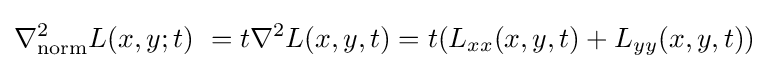
\nabla _{\mathrm {norm} }^{2}L(x,y;t)\ =t\nabla ^{2}L(x,y,t)=t(L_{xx}(x,y,t)+L_{yy}(x,y,t))